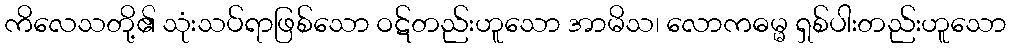
ကိလေသတို့၏ သုံးသပ်ရာဖြစ်သော ဝဋ်တည်းဟူသော အာမိသ၊ လောကဓမ္မ ရှစ်ပါးတည်းဟူသော